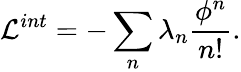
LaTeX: {\cal L}^{int}=-\sum_{n}\lambda_{n}\frac{\phi^{n}}{n!}.